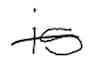
Text: is
Cross-out: single-line
Writing tool: digital_black